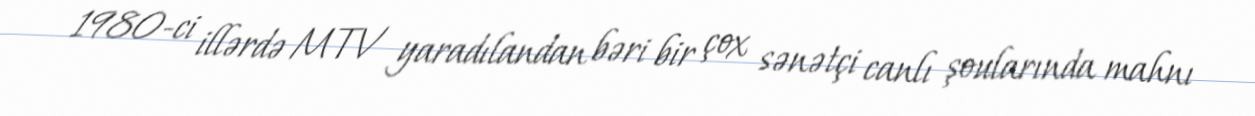
1980-ci illərdə MTV yaradılandan bəri bir çox sənətçi canlı şoularında mahnı